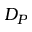
D _ { P }